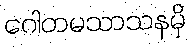
ဂေါတမသာသနမှိ